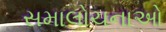
સમાલોચનાઓ